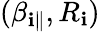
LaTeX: (\beta_{\mathbf{i}\parallel},R_{\mathbf{i}})